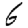
Digit: 6